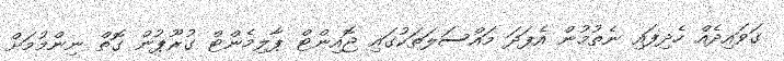
ގަވައިދެއް ހެދިފައި ނެތުމުން އެފަދަ މައްސަލަތަކުގައި ޖޮއިންޓް ޕާލިމެންޓް ގުރޫޕުން ގޮތް ނިންމުމަށް